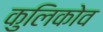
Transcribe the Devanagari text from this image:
कुलिकोव